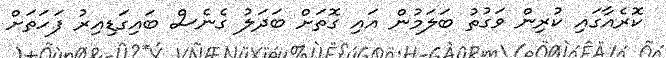
ކޮރެއާގައި ކުރިން ވަގުުތު ބަލަމުން އައި ގޮތަށް ބަދަލު ގެނެސް ބައިގަޑިއިރު ފަަހަތަށް